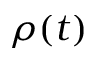
\rho ( t )